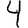
Digit: 4